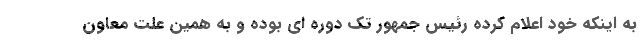
به اینکه خود اعلام کرده رئیس جمهور تک دوره ای بوده و به همین علت معاون